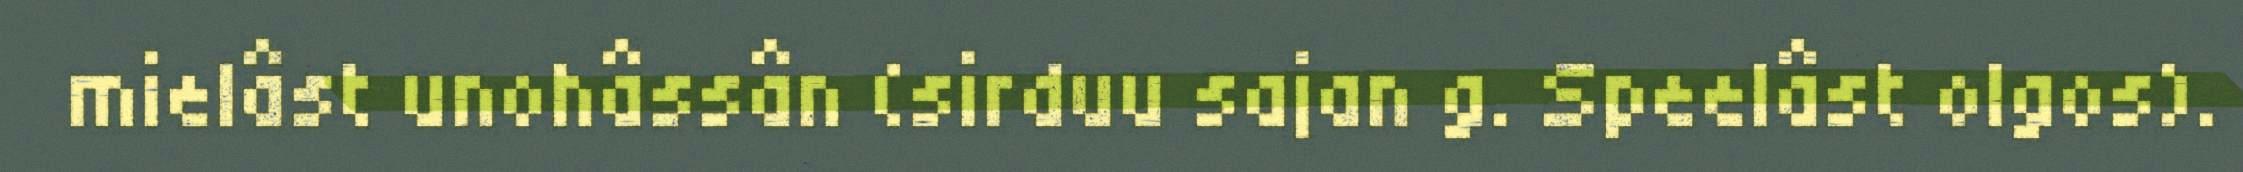
mielâst unohâssân (sirduu sajan g. Speelâst olgos).